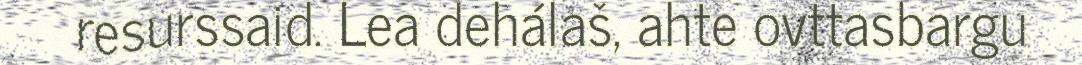
resurssaid. Lea dehálaš, ahte ovttasbargu